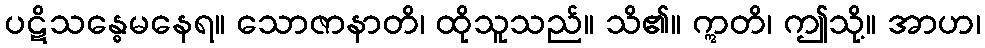
ပဋိသန္ဓေမနေရ။ သောဇာနာတိ၊ ထိုသူသည်။ သိ၏။ ဣတိ၊ ဤသို့။ အာဟ၊